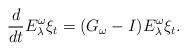
LaTeX: \begin{align*}\frac{d}{dt}E_{\lambda}^{\omega}\xi_t=(G_{\omega}-I)E_{\lambda}^{\omega}\xi_t.\end{align*}